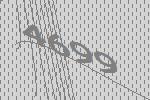
4699